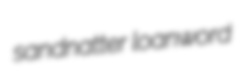
sandnatter loanword